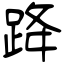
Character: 跭